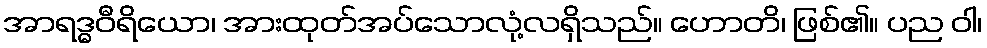
အာရဒ္ဓဝီရိယော၊ အားထုတ်အပ်သောလုံ့လရှိသည်။ ဟောတိ၊ ဖြစ်၏။ ပည ဝါ၊